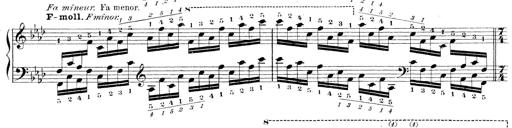
Title: Technische Studien
Composer: Franz Liszt